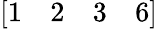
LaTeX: [\begin{array}{llll}{1}&{2}&{3}&{6}\end{array}]